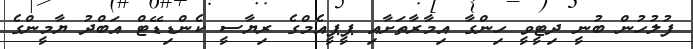
ފުލުހުން ބުނީ ދިޓީވީ ހިންގާ އިމާރާތަށާއި ޕީޕީއެމްގެ ރިޔާސީ ކެންޑިޑޭޓް އަބްދު ޔާމީންގެ